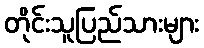
တိုင်းသူပြည်သားများ